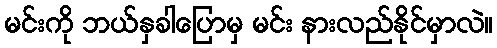
မင်းကို ဘယ်နှခါပြောမှ မင်း နားလည်နိုင်မှာလဲ။